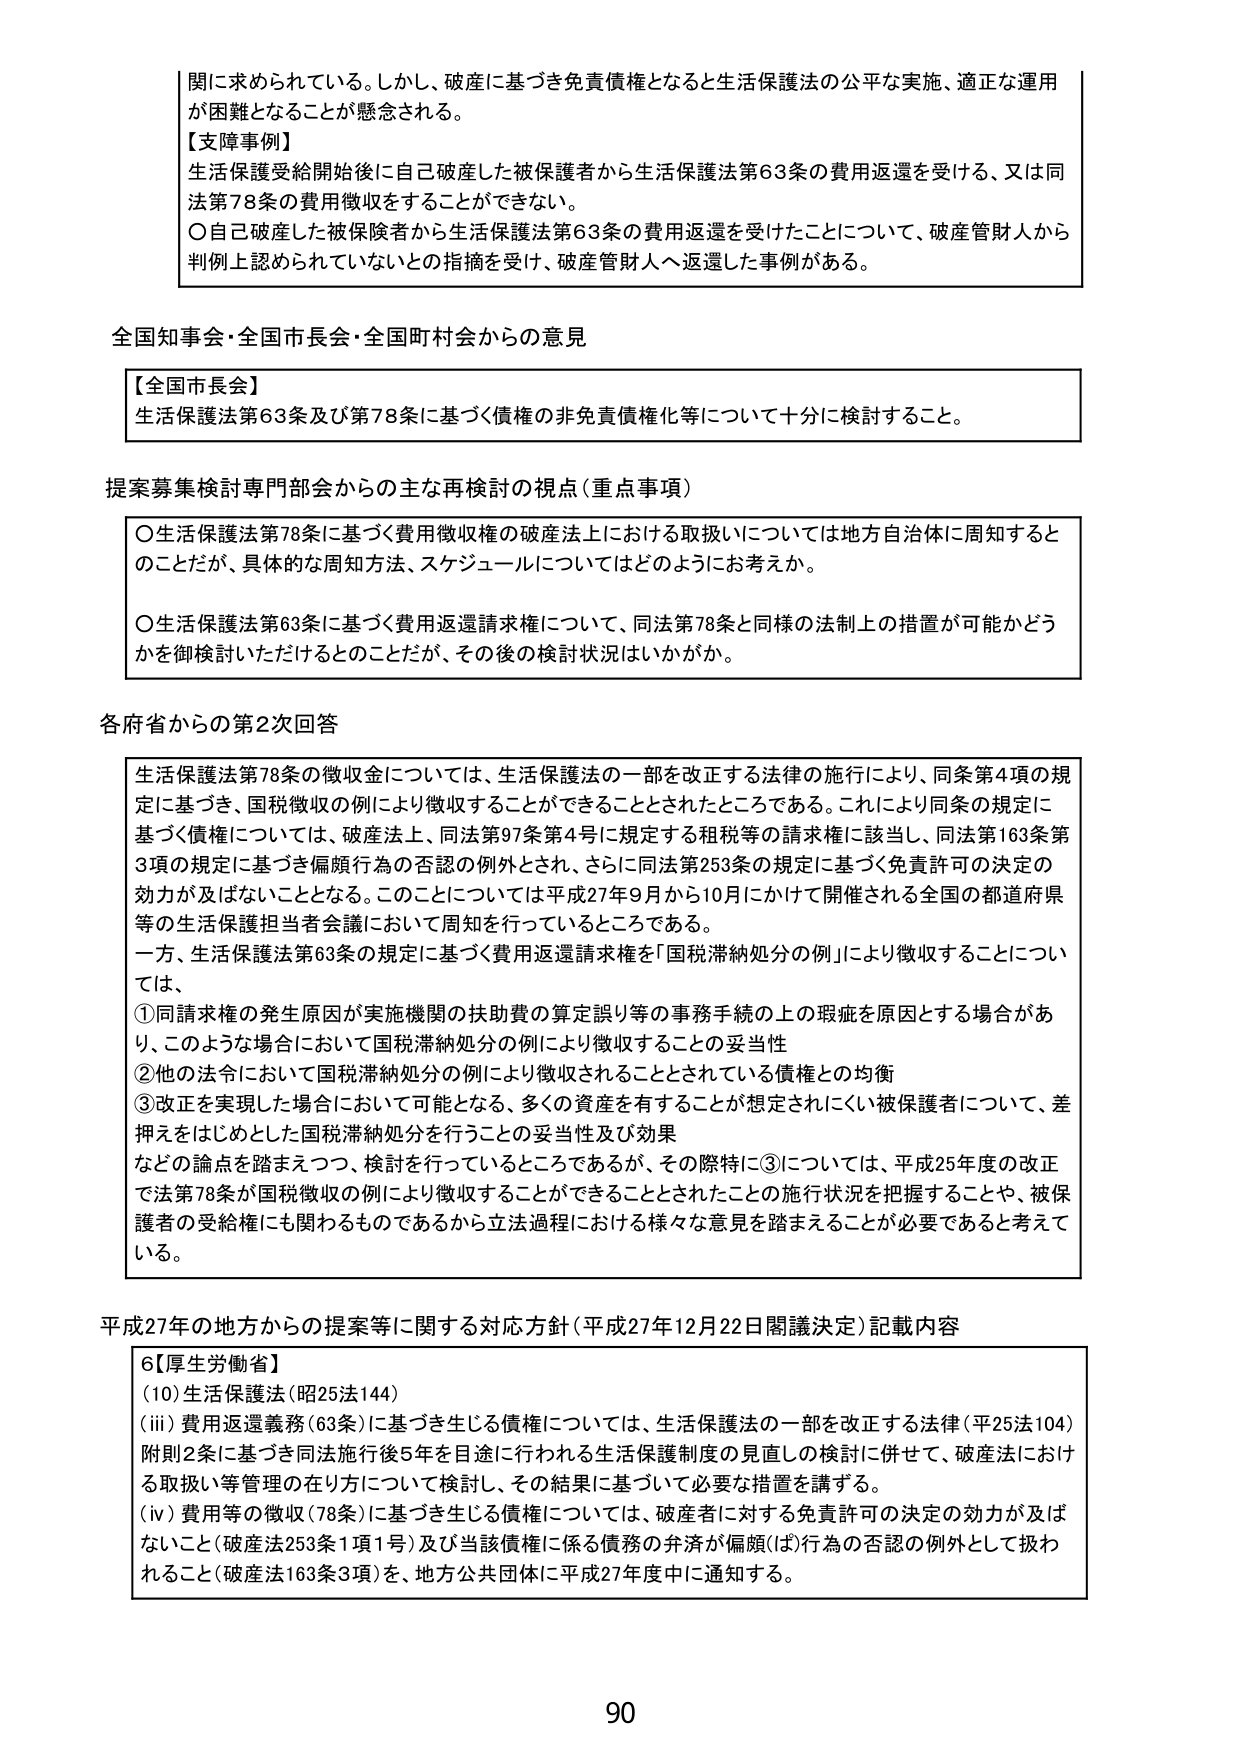
関に求められている。しかし、破産に基づき免責債権となると生活保護法の公平な実施、適正な運用が困難となることが懸念される。

【支障事例】
生活保護受給開始後に自己破産した被保護者から生活保護法第63条の費用返還を受ける、又は同法第78条の費用徴収をすることができない。
〇自己破産した被保険者から生活保護法第63条の費用返還を受けたことについて、破産管財人から判例上認められていないとの指摘を受け、破産管財人へ返還した事例がある。

全国知事会・全国市長会・全国町村会からの意見

【全国市長会】
生活保護法第63条及び第78条に基づく債権の非免責債権化等について十分に検討すること。

提案募集検討専門部会からの主な再検討の視点（重点事項）

〇生活保護法第78条に基づく費用徴収権の破産法上における取扱いについては地方自治体に周知することだが、具体的な周知方法、スケジュールについてはどのようにお考えか。
〇生活保護法第63条に基づく費用返還請求権について、同法第78条と同様の法制上の措置が可能かどうかを御検討いただけるとのことだが、その後の検討状況はいかがか。

各府省からの第2次回答

生活保護法第78条の徴収金については、生活保護法の一部を改正する法律の施行により、同条第4項の規定に基づき、国税徴収の例により徴収することができることとされたところである。これにより同条の規定に基づく債権については、破産法上、同法第97条第4号に規定する租税等の請求権に該当し、同法第163条第3項の規定に基づき偏頗行為の否認の例外とされ、さらに同法第253条の規定に基づく免責許可の決定の効力が及ばないこととなる。このことについては平成27年9月から10月にかけて開催される全国の都道府県等の生活保護担当者会議において周知を行っているところである。
一方、生活保護法第63条の規定に基づく費用返還請求権を「国税滞納処分の例」により徴収することについては、
①同請求権の発生原因が実施機関の扶助費の算定誤り等の事務手続の上の瑕疵を原因とする場合があり、このような場合において国税滞納処分の例により徴収することの妥当性
②他の法令において国税滞納処分の例により徴収されることとされている債権との均衡
③改正を実現した場合において可能となる、多くの資産を有することが想定されにくい被保護者について、差押えをはじめとした国税滞納処分を行うことの妥当性及び効果
などの論点を踏まえつつ、検討を行っているところであるが、その際特に③については、平成25年度の改正で法第78条が国税徴収の例により徴収することができることとされたことの施行状況を把握することや、被保護者の受給権にも関わるものであるから立法過程における様々な意見を踏まえることが必要であると考えている。

平成27年の地方からの提案等に関する対応方針（平成27年12月22日閣議決定）記載内容

6【厚生労働省】
(10) 生活保護法（昭25法144）
(iii) 費用返還義務（63条）に基づき生じる債権については、生活保護法の一部を改正する法律（平25法104）附則2条に基づき同法施行後5年を目途に行われる生活保護制度の見直しの検討に併せて、破産法における取扱い等管理の在り方について検討し、その結果に基づいて必要な措置を講ずる。
(iv) 費用等の徴収（78条）に基づき生じる債権については、破産者に対する免責許可の決定の効力が及ばないこと（破産法253条1項1号）及び当該債権に係る債務の弁済が偏頗（ば）行為の否認の例外として扱われること（破産法163条3項）を、地方公共団体に平成27年度中に通知する。

90